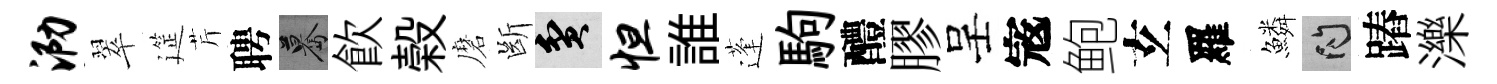
泐翠筵芹聘驀飲榖磨㫁貧怛誰蓬駒醴膠呈𡨥鲍𤣥羅鱗問蹖濼